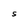
Character: S